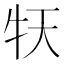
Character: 𤘠